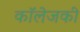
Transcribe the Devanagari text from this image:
कॉलेजकी